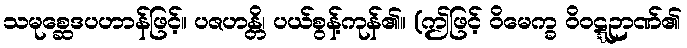
သမုစ္ဆေဒပဟာန်ဖြင့်။ ပဇဟန္တိ၊ ပယ်စွန့်ကုန်၏။ (ဤဖြင့် ဝိမေက္ခ ဝိဝဋ္ဋဉာဏ်၏